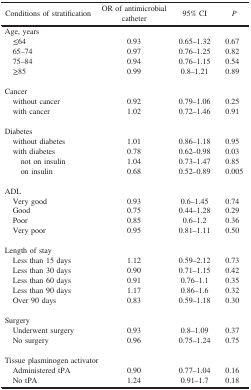
<table><thead><tr><td><b>Conditions of stratification</b></td><td><b>OR of antimicrobialcatheter</b></td><td><b>95% CI</b></td><td><b><i>P</i></b></td></tr></thead><tbody><tr><td colspan="4">Age, years</td></tr><tr><td> ≤64</td><td>0.93</td><td>0.65–1.32</td><td>0.67</td></tr><tr><td> 65–74</td><td>0.97</td><td>0.76–1.25</td><td>0.82</td></tr><tr><td> 75–84</td><td>0.94</td><td>0.76–1.15</td><td>0.54</td></tr><tr><td> ≥85</td><td>0.99</td><td>0.8–1.21</td><td>0.89</td></tr><tr><td colspan="4"> </td></tr><tr><td colspan="4">Cancer</td></tr><tr><td> without cancer</td><td>0.92</td><td>0.79–1.06</td><td>0.25</td></tr><tr><td> with cancer</td><td>1.02</td><td>0.72–1.46</td><td>0.91</td></tr><tr><td colspan="4"> </td></tr><tr><td colspan="4">Diabetes</td></tr><tr><td> without diabetes</td><td>1.01</td><td>0.86–1.18</td><td>0.95</td></tr><tr><td> with diabetes</td><td>0.78</td><td>0.62–0.98</td><td>0.03</td></tr><tr><td>not on insulin</td><td>1.04</td><td>0.73–1.47</td><td>0.85</td></tr><tr><td>on insulin</td><td>0.68</td><td>0.52–0.89</td><td>0.005</td></tr><tr><td colspan="4"> </td></tr><tr><td colspan="4">ADL</td></tr><tr><td> Very good</td><td>0.93</td><td>0.6–1.45</td><td>0.74</td></tr><tr><td> Good</td><td>0.75</td><td>0.44–1.28</td><td>0.29</td></tr><tr><td> Poor</td><td>0.85</td><td>0.6–1.2</td><td>0.36</td></tr><tr><td> Very poor</td><td>0.95</td><td>0.81–1.11</td><td>0.50</td></tr><tr><td colspan="4"> </td></tr><tr><td colspan="4">Length of stay</td></tr><tr><td> Less than 15 days</td><td>1.12</td><td>0.59–2.12</td><td>0.73</td></tr><tr><td> Less than 30 days</td><td>0.90</td><td>0.71–1.15</td><td>0.42</td></tr><tr><td> Less than 60 days</td><td>0.91</td><td>0.76–1.1</td><td>0.35</td></tr><tr><td> Less than 90 days</td><td>1.17</td><td>0.86–1.6</td><td>0.32</td></tr><tr><td> Over 90 days</td><td>0.83</td><td>0.59–1.18</td><td>0.30</td></tr><tr><td colspan="4"> </td></tr><tr><td colspan="4">Surgery</td></tr><tr><td> Underwent surgery</td><td>0.93</td><td>0.8–1.09</td><td>0.37</td></tr><tr><td> No surgery</td><td>0.96</td><td>0.75–1.24</td><td>0.75</td></tr><tr><td colspan="4"> </td></tr><tr><td colspan="4">Tissue plasminogen activator</td></tr><tr><td> Administered tPA</td><td>0.90</td><td>0.77–1.04</td><td>0.16</td></tr><tr><td> No tPA</td><td>1.24</td><td>0.91–1.7</td><td>0.18</td></tr></tbody></table>